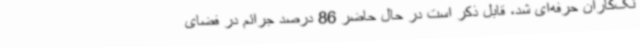
نگ‌کاران حرفه‌ای شد، قابل ذکر است در حال حاضر 86 درصد جرائم در فضای